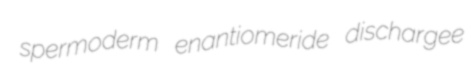
spermoderm enantiomeride dischargee